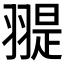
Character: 𦑧